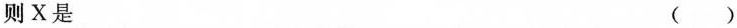
则X是 ()